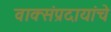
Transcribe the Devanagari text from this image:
वाक्संप्रदायांचे